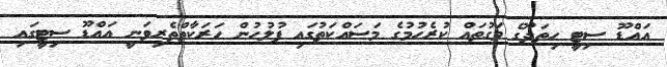
އައްޑޫ ސިޓީ ހިތަދޫގެ މަގުތައް ކުރެހުމުގެ މަސައްކަތުގައި ފުލުހުން ހަރަކާތްތެރިވަނީ އައްޑޫ ސިޓީގައި